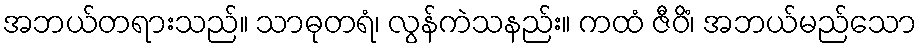
အဘယ်တရားသည်။ သာဓုတရံ၊ လွန်ကဲသနည်း။ ကထံ ဇီဝိံ၊ အဘယ်မည်သော